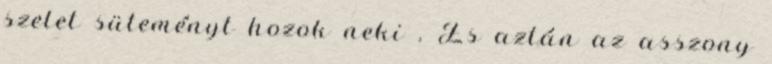
szelet süteményt hozok neki . És aztán az asszony